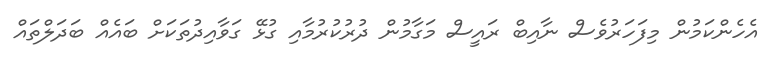
އެހެންކަމުން މިފަހަރުވެސް ނާއިބް ރައީސް މަގާމުން ދުރުކުރުމާއި ގުޅޭ ގަވާއިދުތަކަށް ބައެއް ބަދަލްތައް